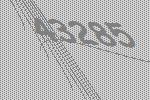
43285